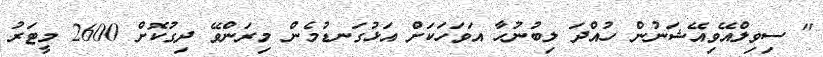
" ސިވިލްއޭވިއޭޝަނުން ހުއްދަ ލިބުނުހާ އަވަހަކަށް އަޅުގަނޑުމެން މިރަންވޭ ދިގުކޮށް 2600 މީޓަރު